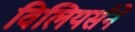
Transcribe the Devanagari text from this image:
विलियर्सने